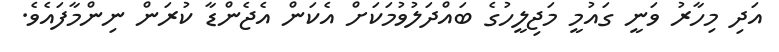
އަދި މިހާރު ވަނީ ގައުމީ މަޖިލީހުގެ ބައްދަލުވުމަކަށް އެކަން އެޖެންޑާ ކުރަން ނިންމާފައެެވެ.